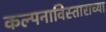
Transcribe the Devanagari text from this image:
कल्पनाविस्ताराच्या